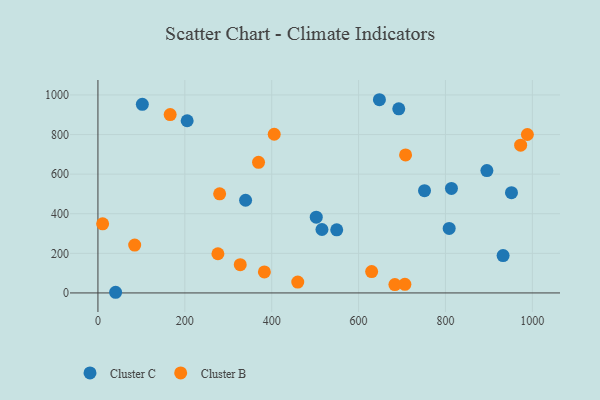
{"axis": {"x": "Investment", "y": "Rating"}, "legend": ["Cluster B", "Cluster C"], "data": [{"x": "40.7", "y": 3.3, "type": "Cluster C"}, {"x": "102.2", "y": 952.6, "type": "Cluster C"}, {"x": "339.9", "y": 468.1, "type": "Cluster C"}, {"x": "515.7", "y": 320.4, "type": "Cluster C"}, {"x": "895.4", "y": 618.1, "type": "Cluster C"}, {"x": "952.0", "y": 506.2, "type": "Cluster C"}, {"x": "932.7", "y": 188.9, "type": "Cluster C"}, {"x": "502.6", "y": 382.4, "type": "Cluster C"}, {"x": "813.8", "y": 527.7, "type": "Cluster C"}, {"x": "808.6", "y": 325.8, "type": "Cluster C"}, {"x": "648.0", "y": 975.9, "type": "Cluster C"}, {"x": "205.4", "y": 869.7, "type": "Cluster C"}, {"x": "692.5", "y": 929.8, "type": "Cluster C"}, {"x": "549.7", "y": 318.5, "type": "Cluster C"}, {"x": "751.8", "y": 516.3, "type": "Cluster C"}, {"x": "280.2", "y": 500.8, "type": "Cluster B"}, {"x": "988.6", "y": 800.2, "type": "Cluster B"}, {"x": "706.6", "y": 43.3, "type": "Cluster B"}, {"x": "10.8", "y": 349.2, "type": "Cluster B"}, {"x": "405.8", "y": 801.4, "type": "Cluster B"}, {"x": "84.6", "y": 241.8, "type": "Cluster B"}, {"x": "166.3", "y": 900.7, "type": "Cluster B"}, {"x": "369.7", "y": 659.7, "type": "Cluster B"}, {"x": "630.1", "y": 107.8, "type": "Cluster B"}, {"x": "973.1", "y": 746.2, "type": "Cluster B"}, {"x": "683.6", "y": 42.3, "type": "Cluster B"}, {"x": "276.2", "y": 197.8, "type": "Cluster B"}, {"x": "383.2", "y": 106.1, "type": "Cluster B"}, {"x": "460.0", "y": 54.8, "type": "Cluster B"}, {"x": "708.2", "y": 696.9, "type": "Cluster B"}, {"x": "327.6", "y": 142.7, "type": "Cluster B"}]}